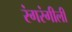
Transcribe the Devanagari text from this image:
रंगरंगीली